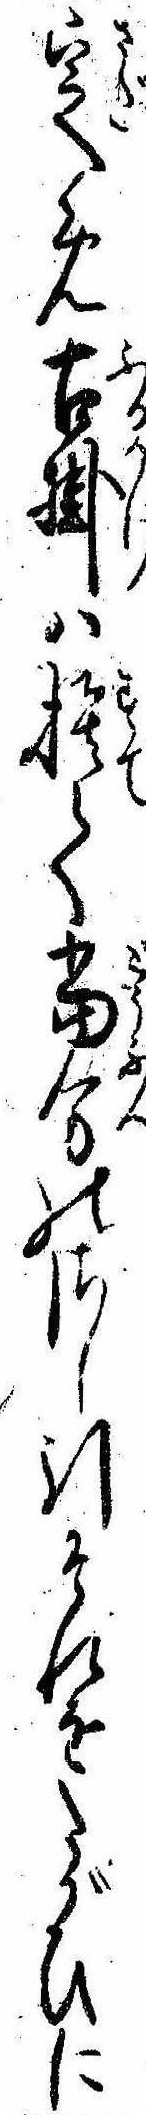
定め古掛は捨て当分のさし引それをたがひに